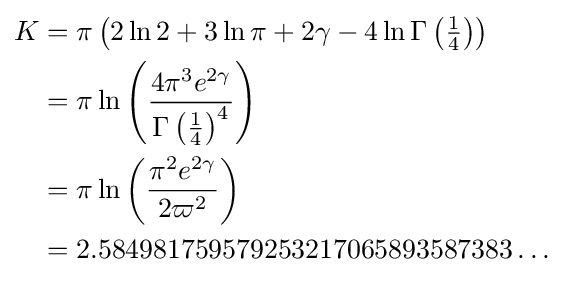
{\begin{aligned}K&=\pi \left(2\ln 2+3\ln \pi +2\gamma -4\ln \Gamma \left({\tfrac {1}{4}}\right)\right)\\&=\pi \ln \left({\frac {4\pi ^{3}e^{2\gamma }}{\Gamma \left({\tfrac {1}{4}}\right)^{4}}}\right)\\&=\pi \ln \left({\frac {\pi ^{2}e^{2\gamma }}{2\varpi ^{2}}}\right)\\&=2.584981759579253217065893587383\dots \end{aligned}}